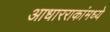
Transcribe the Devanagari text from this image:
आधारराकांमध्ये